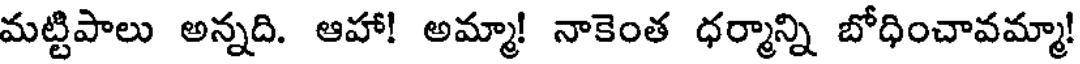
మట్టిపాలు అన్నది. ఆహా! అమ్మా! నాకెంత ధర్మాన్ని బోధించావమ్మా!